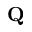
{ \mathbf Q }